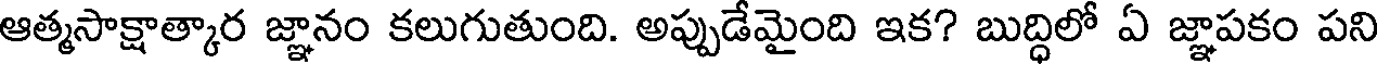
ఆత్మసాక్షాత్కార జ్ఞానం కలుగుతుంది. అప్పుడేమైంది ఇక? బుద్ధిలో ఏ జ్ఞాపకం పని